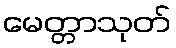
မေတ္တာသုတ်